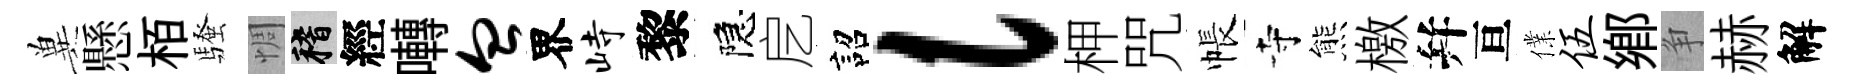
兾懸栢騷惆稽經囀血界峙黎隠戹詔l柙咒帳寺熊檄幷亘㒒伍鄉争赫解